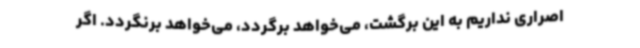
اصراری نداریم به این برگشت، می‌خواهد برگردد، می‌خواهد برنگردد. اگر